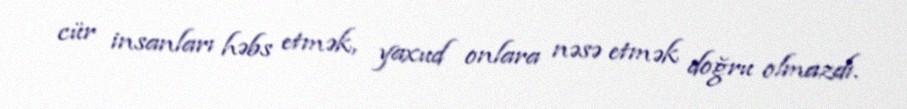
cür insanları həbs etmək, yaxud onlara nəsə etmək doğru olmazdı.